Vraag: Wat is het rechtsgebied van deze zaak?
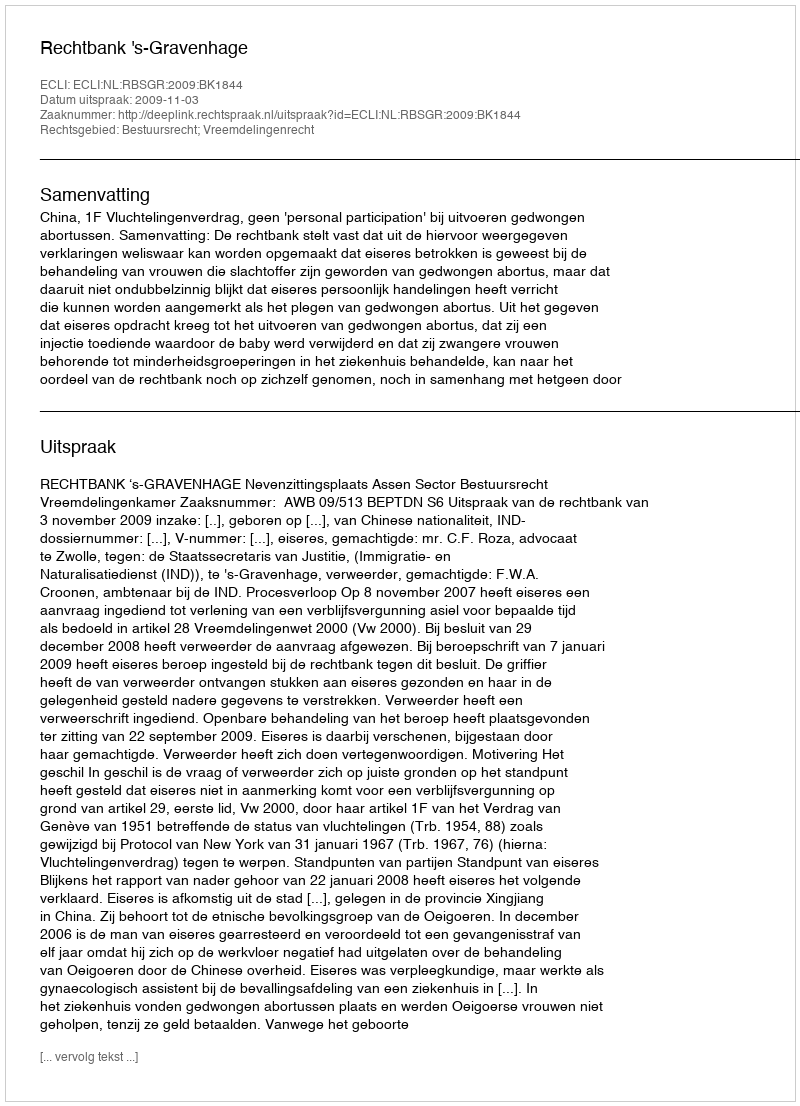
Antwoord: Bestuursrecht; Vreemdelingenrecht